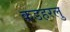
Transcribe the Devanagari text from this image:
कडहरलु